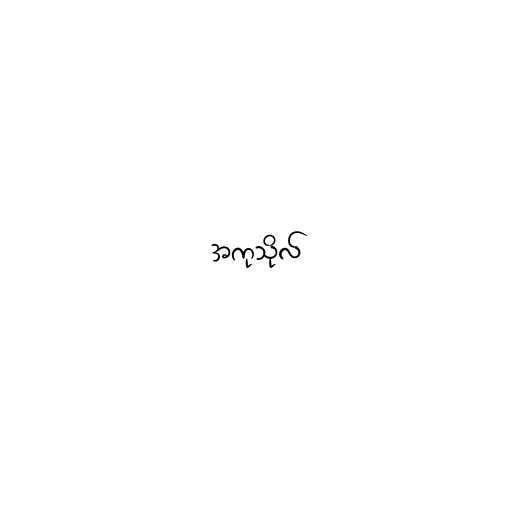
အကုသိုလ်